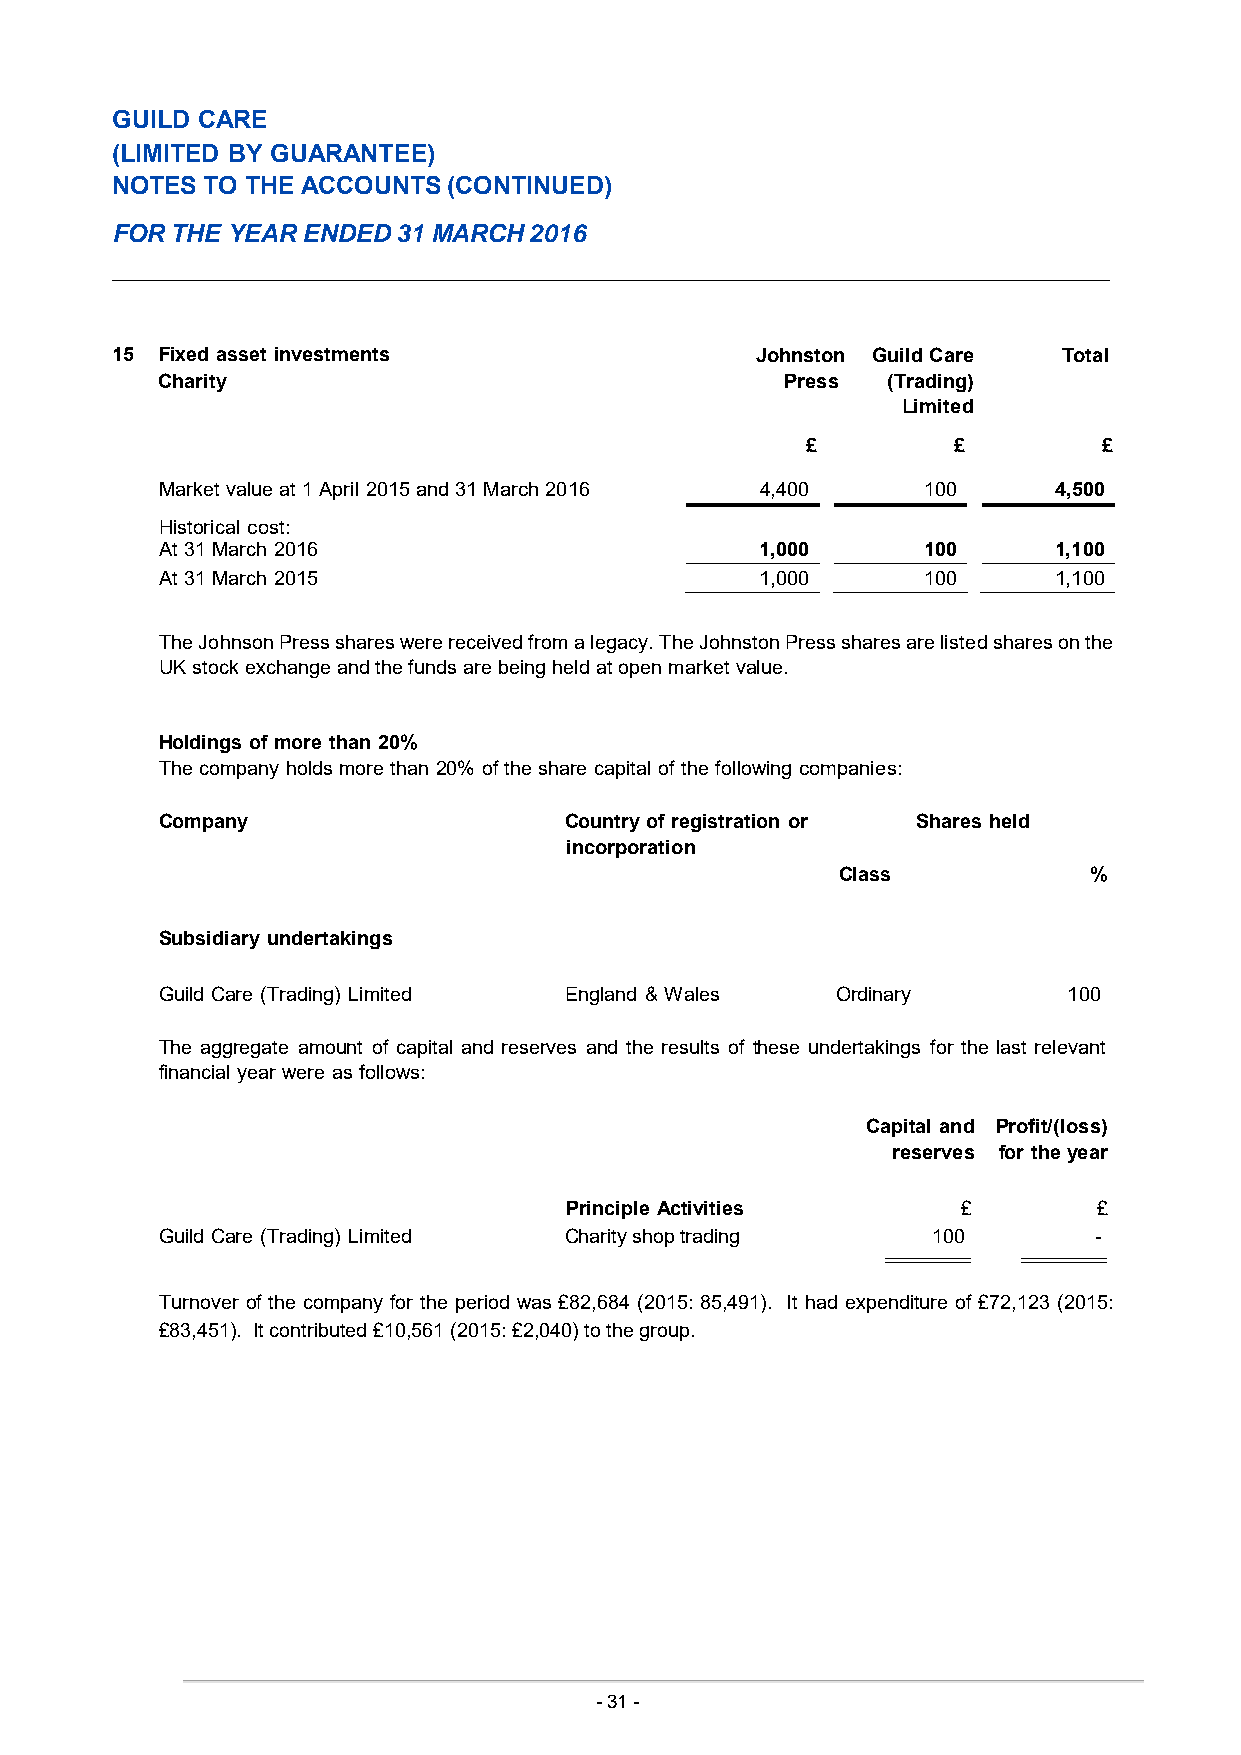
GUILD CARE
 (LIMITED BY GUARANTEE)
 NOTES  TO THE ACCOUNTS (CONTINUED)
 FOR THE YEAR ENDED 31 MARCH 2016
 15 Fixed asset investments                 Johnston Guild Care Total
 Charity                                   Press  (Trading)
 Limited
 £         £         £
 Market value at 1 April 2015 and 31 March 2016 4,400 100   4,500
 Historical cost:
 At 31 March 2016                       1,000      100      1,100
 At 31 March 2015                       1,000      100      1,100
 The Johnson Press shares were received from a legacy. The Johnston Press shares are listed shares on the
 UK stock exchange and the funds are being held at open market value.
 Holdings of more than 20%
 The company holds more than 20% of the share capital of the following companies:
 Company                   Country of registration or Shares held
 incorporation
 Class            %
 Subsidiary undertakings
 Guild Care (Trading) Limited England & Wales Ordinary       100
 The aggregate amount of capital and reserves and the results of these undertakings for the last relevant
 financial year were as follows:
 Capital and Profit/(loss)
 reserves for the year
 Principle Activities       £        £
 Guild Care (Trading) Limited Charity shop trading  100       -
 Turnover of the company for the period was £82,684 (2015: 85,491). It had expenditure of £72,123 (2015:
 £83,451). It contributed £10,561 (2015: £2,040) to the group.
 -31 -